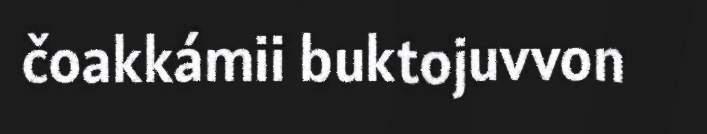
čoakkámii buktojuvvon